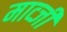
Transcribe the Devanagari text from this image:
माव्जी